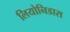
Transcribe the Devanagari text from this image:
लियोनिडास